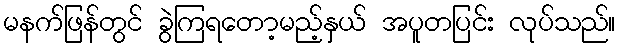
မနက်ဖြန်တွင် ခွဲကြရတော့မည့်နှယ် အပူတပြင်း လုပ်သည်။